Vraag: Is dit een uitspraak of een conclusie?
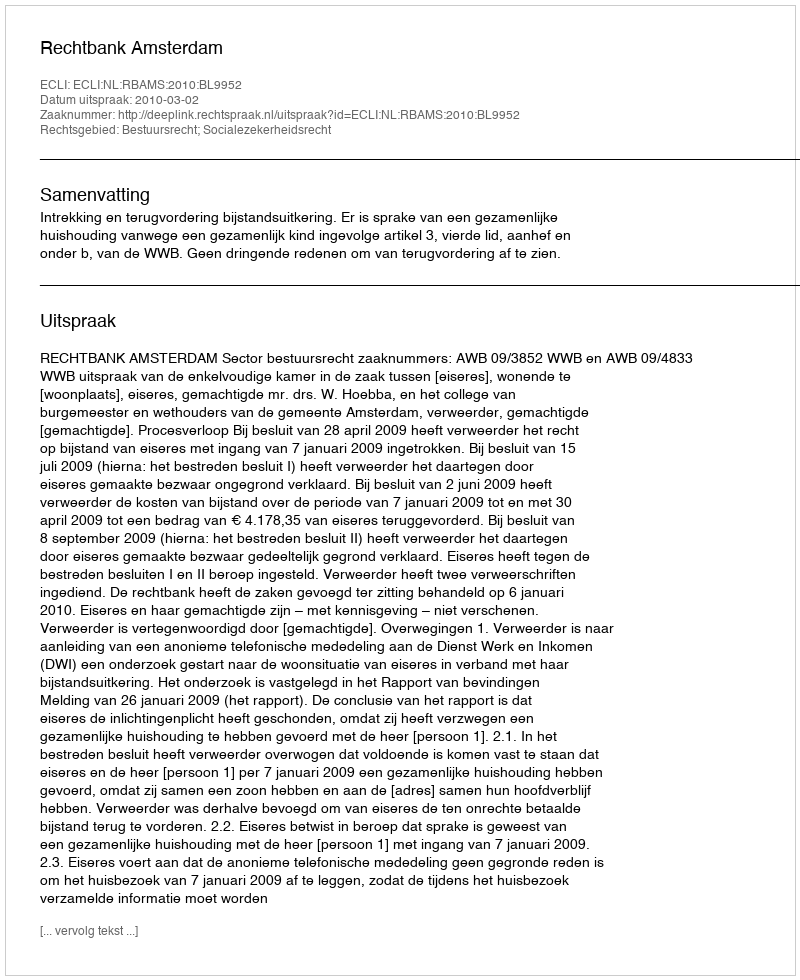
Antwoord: Uitspraak